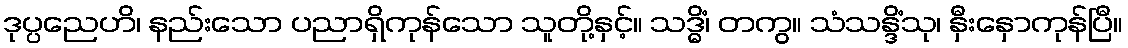
ဒုပ္ပညေဟိ၊ နည်းသော ပညာရှိကုန်သော သူတို့နှင့်။ သဒ္ဓိံ၊ တကွ။ သံသန္ဒိံသု၊ နှီးနှောကုန်ပြီ။